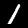
Label: 1